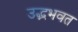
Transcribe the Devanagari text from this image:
उद्भभवत